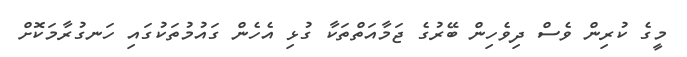
މީގެ ކުރިން ވެސް ދިވެހިން ބޭރުގެ ޖަމާއަތްތަކާ ގުޅި އެހެން ގައުމުތަކުގައި ހަނގުރާމަކޮށް